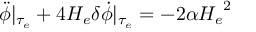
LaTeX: \ddot { \phi } \vert _ { \tau _ { e } } + 4 H _ { e } \delta \dot { \phi } \vert _ { \tau _ { e } } = - 2 \alpha { H _ { e } } ^ { 2 }